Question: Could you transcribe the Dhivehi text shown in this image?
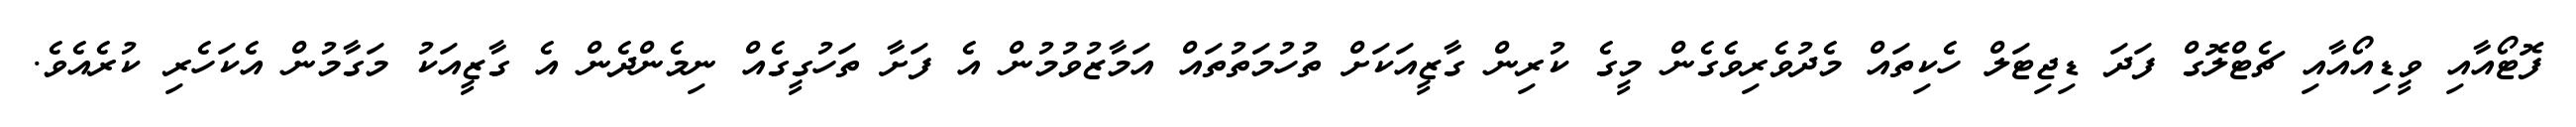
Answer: ފޮޓޯއާއި ވީޑިއޯއާއި ޗެޓްލޮގް ފަދަ ޑިޖިޓަލް ހެކިތައް މެދުވެރިވެގެން މީގެ ކުރިން ގާޒީއަކަށް ތުހުމަތުތައް އަމާޒުވުމުން އެ ފަށާ ތަހުގީގެއް ނިމެންދެން އެ ގާޒީއަކު މަގާމުން އެކަހެރި ކުރެއެވެ.